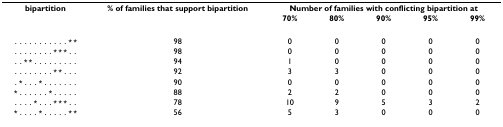
| bipartition | % of families that support bipartition | <COLSPAN=5> Number of families with conflicting bipartition at |
 |  |  | 70% | 80% | 90% | 95% | 99% |
 | --- | --- | --- | --- | --- | --- | --- |
 | ...........** | 98 | 0 | 0 | 0 | 0 | 0 |
 | ........***.. | 98 | 0 | 0 | 0 | 0 | 0 |
 | ..**......... | 94 | 1 | 0 | 0 | 0 | 0 |
 | ........**... | 92 | 3 | 3 | 0 | 0 | 0 |
 | .*...*....... | 90 | 0 | 0 | 0 | 0 | 0 |
 | *......*..... | 88 | 2 | 2 | 0 | 0 | 0 |
 | ....*...***.. | 78 | 10 | 9 | 5 | 3 | 2 |
 | *....*.....** | 56 | 5 | 3 | 0 | 0 | 0 |